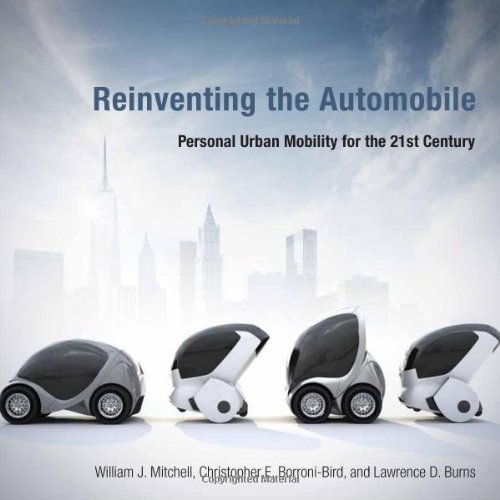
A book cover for Reinventing the Automobile: Personal Urban Mobility for the 21st Century; William J. Mitchell; Business & Money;